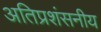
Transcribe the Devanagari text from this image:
अतिप्रशंसनीय